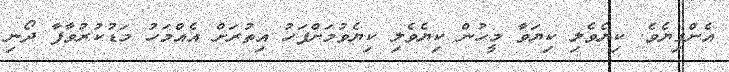
އެންގިޔެވެ. ކިޔެވެލި ކިޔަވާ މީހުން ކިޔެވެލި ކިޔެވުމަށްފަހު އިތުރަށް އެއްމަހު މަޑުކުރުވާފާ ދޯނި